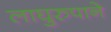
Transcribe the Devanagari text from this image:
लाघुरुपाने